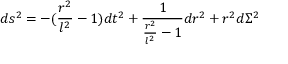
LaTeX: d s ^ { 2 } = - ( \frac { r ^ { 2 } } { l ^ { 2 } } - 1 ) d t ^ { 2 } + \frac { 1 } { \frac { r ^ { 2 } } { l ^ { 2 } } - 1 } d r ^ { 2 } + r ^ { 2 } d \Sigma ^ { 2 }